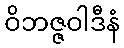
ဝိဘဇ္ဇဝါဒီနံ